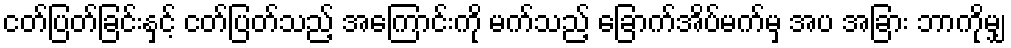
ငတ်ပြတ်ခြင်းနှင့် ငတ်ပြတ်သည့် အကြောင်းကို မက်သည့် ခြောက်အိပ်မက်မှ အပ အခြား ဘာကိုမျှ